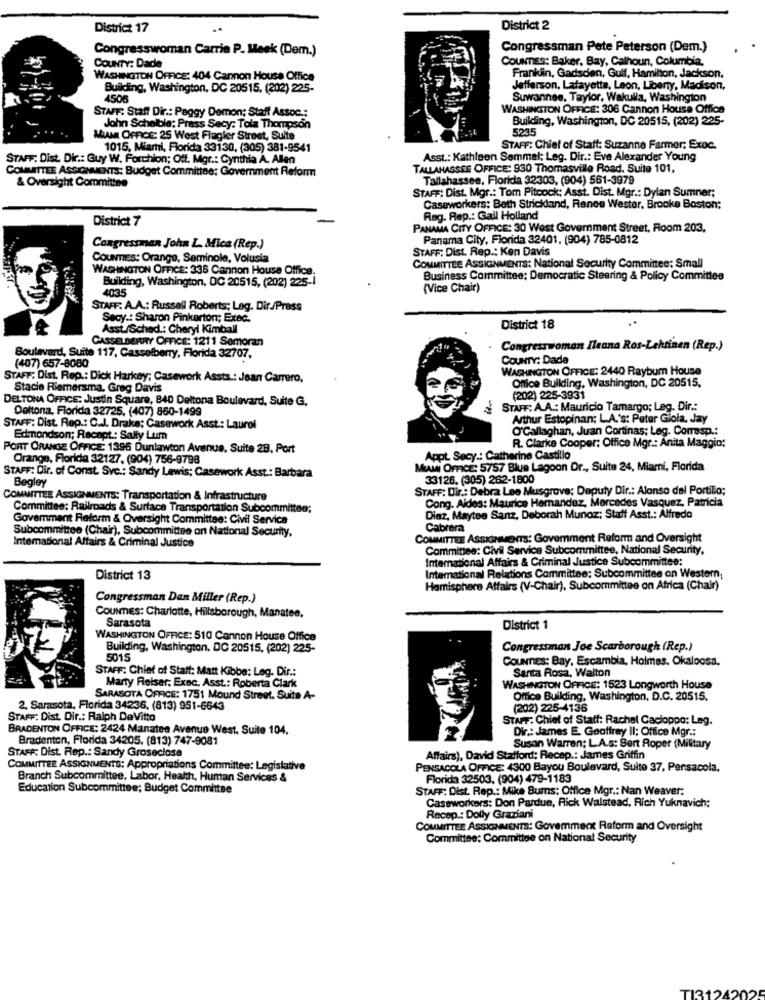
District 17
District 2
Congresswoman Carrie P. Meek (Dem.)
Congressman Pete Peterson (Dem.)
COUNTY: Dade
CounEs: Baker, Bay, Calhoun, Columbia,
WASHINGTON OFFICE: 404 Cannon House Office
Franklin, Gadsden, Gulf, Hamilton, Jackson,
Building, Washington, DC 20515, (202) 225-
Jefferson, Lafayette, Leon, Liberty, Madison,
4508
Suwannee, Taylor, Wakulla, Washington
WASHINGTON OFFICE: 306 Cannon House Offica
STAFF: Staff Dir .: Peggy Demon; Staff Assoc .:
Building, Washington, DC 20515, (202) 225-
John Schelble; Prass Secy: Tola Thompson
5235
MIAMI OFFICE: 25 West Flagler Street, Suite
1015, Miami, Florida 33130, (305) 381-9541
STAFF: Chief of Staff: Suzanne Farmer; Exoc.
STAFF: Dist. Dir .: Guy W. Forchion; Off. Mgr .: Cynthia A. Allen
Asst .: Kathleen Semmel: Leg. Dir .: Eve Alexander Young
COMMITTEE ASSIGNMENTS: Budget Committee; Government Reform
TALLAHASSEE OFFICE: 930 Thomasville Road. Suite 101.
Tallahassee, Florida 32303, (904) 561-3979
& Oversight Committee
STAFF: Dist. Mgr .: Tom Pitcock: Asst. Dist. Mgr .: Dylan Sumner;
Caseworkers: Beth Strickland, Rence Wester, Brooke Boston;
District 7
Rag. Rep .: Gail Holland
PANAMA CITY OFFICE: 30 West Government Street, Room 203,
Panama City, Florida 32401. (904) 785-0812
Congressman John L. Mica (Rep.)
STAFF: Dist. Rep .: Ken Davis
COUNTIES: Orange, Seminole, Volusia
COMMITTEE ASSIGNMENTS: National Security Committee: Small
WASHINGTON OFFICE: 336 Cannon House Office.
Building, Washington, DC 20515, (202) 225-1
Business Committee; Democratic Steering & Policy Committee
4035
(Vice Chair)
STAFF: A.A .: Russell Roberts; Leg. Dir./Press
Secy .: Sharon Pinkerton; Exec.
Asst/Schad .: Cheryl Kimball
District 18
CASSELBERRY OFFICE: 1211 Semoran
Congresswoman Ileana Ros-Lehtinen (Rep.)
(407) 657-8080
Boulevard, Suite 117, Casselberry, Florida 32707,
COUNTY: Dada
WASHINGTON OFFICE: 2440 Raybum House
STAFF: Dist. Rep .: Dick Harkey; Casework Assts .: Jean Carrero.
Stacie Riemersma, Greg Davis
Office Building, Washington, DC 20515,
DELTONA OFFICE: Justin Square, 840 Deltona Boulevard, Suite G.
(202) 225-3931
Deltona, Florida 32725, (407) 860-1499
STAFF: A.A .: Mauricio Tamargo; Leg. Dir .:
Arthur Estopinan; LA.'s: Peter Gioia, Jay
STAFF: Dist. Rep .: C.J. Drake; Casework Asst .: Laurel
O'Callaghan, Juan Cortinas; Leg. Corresp .:
Edmondson; Racapt .: Sally Lum
R. Clarke Cooper: Office Mgr .: Anita Maggio:
PORT ORANGE OFFICE 1396 Dunlawton Avenue, Suite 28, Port
Orange, Florida 32127. (904) 756-9798
Appt. Secy .: Catherine Castillo
STAFF: Dir. of Const. Svc .: Sandy Lewis; Casework Asst .: Barbara
MIAM OFFICE: 5757 Blue Lagoon Dr ., Suite 24, Miami, Florida
Begley
33126. (305) 262-1800
STAFF: Dir .: Debra Lee Musgrove; Deputy Dir .: Alonso del Portillo;
COMMITTEE ASSIGNMENTS: Transportation & Infrastructure
Cong. Aides: Maurice Hernandez, Marcades Vasquez, Patricia
Committee: Railroads & Surface Transportation Subcommittee;
Goverment Reform & Oversight Committee: Civil Service
Diaz, Maytee Santz, Deborah Munoz; Staff Asst .: Alfredo
Subcommittee (Chair), Subcommittee on National Security.
Cabrera
International Affairs & Criminal Justice
COMMITTEE ASSIGNMENTS: Govemment Reform and Oversight
Committee: Civil Service Subcommittee, National Security,
International Affairs & Criminal Justice Subcommittee:
District 13
International Relations Committee; Subcommittee on Western,
Hemisphere Affairs (V-Chair), Subcommittee on Africa (Chair)
Congressman Dan Miller (Rep.)
COUNTIES: Charlotte, Hillsborough, Manatee,
Sarasota
District 1
WASHINGTON OFFICE: 510 Cannon House Office
Building, Washington, DC 20515, (202) 225-
Congressman Joe Scarborough (Rep.)
5015
Counnes: Bay, Escambia, Holmes. Okaloosa,
STAFF: Chief of Staff: Matt Kibbe: Leg. Dir .:
Santa Rosa, Walton
Marty Relser; Exec. Asst .: Roberta Clark
WASHINGTON OFFICE: 1523 Longworth House
SARASOTA OFFICE: 1751 Mound Street. Suite A-
Office Building, Washington, D.C. 20515.
2. Sarasota, Florida 34236, (813) 951-6643
(202) 225-4136
STAFF: Dist. Dir .: Ralph DeVitto
STAFF: Chief of Staff: Rachel Cacioppo: Lag.
BRADENTON OFFICE: 2424 Manatee Avenue West. Suite 104.
Dir .: James E. Geoffrey Il; Office Mgr .:
Bradenton, Florida 34205. (813) 747-9081
Susan Warren; L.A.s: Bert Roper (Military
STAFF: Dist. Rep .: Sandy Groseclose
Affairs), David Stafford: Recep .: James Griffin
COMMITTEE ASSIGNMENTS: Appropriations Committee: Legislative
PENSACOLA OFFICE: 4300 Bayou Boulevard, Suite 37, Pensacola,
Branch Subcommittee, Labor, Heath, Human Services &
Florida 32503, (904) 479-1183
Education Subcommittee; Budget Committee
STAFF: Dist. Rep .: Mike Bums: Office Mgr .: Nan Weaver:
Caseworkers: Don Pardue, Rick Walstead, Rich Yuknavich;
Recep .: Dolly Graziani
COMMITTEE ASSIGNMENTS: Goverment Reform and Oversight
Committee: Committee on National Security
TI31242025